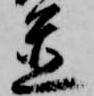
置